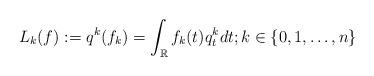
LaTeX: \begin{align*}L_{k}(f):=q^k(f_k)=\int_{\mathbb{R}}f_k(t)q_t^kdt ;k\in\{0,1,\dots, n\}\end{align*}